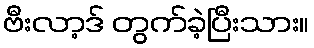
ဗီးလာ့ဒ် တွက်ခဲ့ပြီးသား။